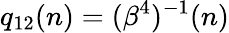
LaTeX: q_{12}(n)=(\beta^{4})^{-1}(n)